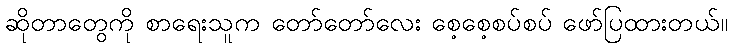
ဆိုတာတွေကို စာရေးသူက တော်တော်လေး စေ့စေ့စပ်စပ် ဖော်ပြထားတယ်။